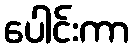
ပေါင်းကာ